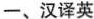
一、汉译英